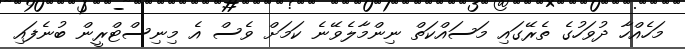
މަހެއްހާ ދުވަހުގެ ތެރޭގައި މަސައްކަތް ނިންމާލެވޭނެ ކަމަށް ވެސް އެ މިނިސްޓްރީން ބުނެފައި